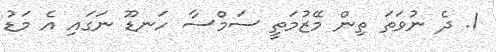
1. ދެ ނުވަތަ ތިން މޭޒުމަތީ ސަމްސާ ހަނޑޫ ނަގައި އެ މަޑު